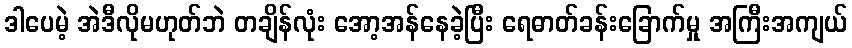
ဒါပေမဲ့ အဲဒီလိုမဟုတ်ဘဲ တချိန်လုံး အော့အန်နေခဲ့ပြီး ရေဓာတ်ခန်းခြောက်မှု အကြီးအကျယ်